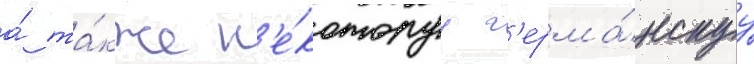
а́ та́кже н'е́которуу г'ерма́нскуу